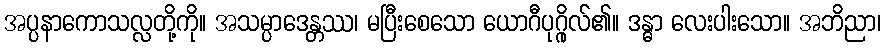
အပ္ပနာကောသလ္လတို့ကို။ အသမ္ပာဒေန္တဿ၊ မပြီးစေသော ယောဂီပုဂ္ဂိုလ်၏။ ဒန္ဓာ လေးပါးသော။ အဘိညာ၊